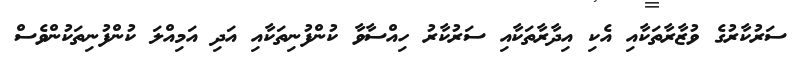
ސަރުކާރުގެ ވުޒާރާތަކާއި އެކި އިދާރާތަކާއި ސަރުކާރު ހިއްސާވާ ކުންފުނިތަކާއި އަދި އަމިއްލަ ކުންފުނިތަކުންވެސް